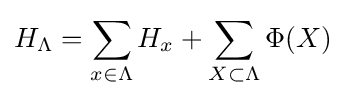
H_{\Lambda }=\sum _{x\in \Lambda }H_{x}+\sum _{X\subset \Lambda }\Phi (X)